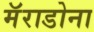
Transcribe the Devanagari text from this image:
मॅराडोना